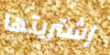
إشتريتها